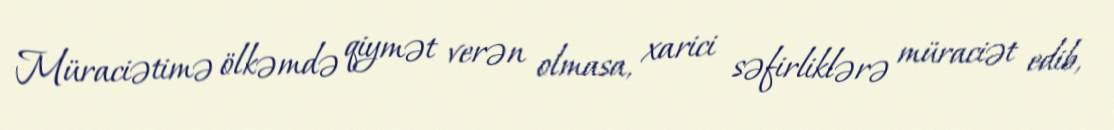
Müraciətimə ölkəmdə qiymət verən olmasa, xarici səfirliklərə müraciət edib,